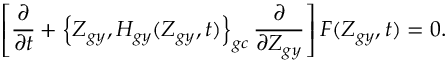
\left[ \frac { \partial } { \partial t } + \left\{ Z _ { g y } , H _ { g y } ( Z _ { g y } , t ) \right\} _ { g c } \frac { \partial } { \partial Z _ { g y } } \right] F ( Z _ { g y } , t ) = 0 .